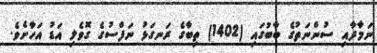
ނަމާދާއި ސުންނަތުގެ ބާބުގައި (1402) ތިބާގެ ރަނގަޅު ނަފްސުގެ ގޮވެލި އަޑު އަހާށެވެ.